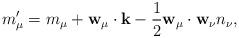
LaTeX: \begin{align*}m_\mu'=m_\mu+{\bf w}_\mu\cdot{\bf k} -\frac{1}{2}{\bf w}_\mu\cdot{\bf w}_\nu n_\nu,\end{align*}